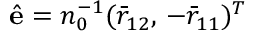
\hat { \mathbf { e } } = n _ { 0 } ^ { - 1 } ( \bar { r } _ { 1 2 } , \, - \bar { r } _ { 1 1 } ) ^ { T }